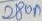
Text: 280µF